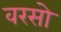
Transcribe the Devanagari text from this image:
वरसो